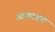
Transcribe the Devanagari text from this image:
आकाशच